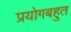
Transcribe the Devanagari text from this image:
प्रयोगबहुत